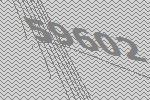
59602